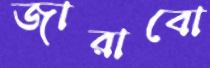
জারাবো